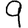
Digit: 9